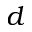
d